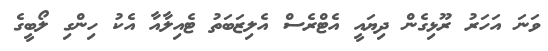
ވަނަ އަހަރު ރޫޅިގެން ދިޔައީ އެޓްރެސް އެލިޒަބަތު ޓެއިލާއާ އެކު ހިންގި ލޯބީގެ